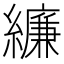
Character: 𦆆